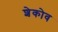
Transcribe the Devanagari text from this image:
शेकोव